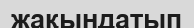
жақындатып